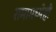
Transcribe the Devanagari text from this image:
रामामध्येही